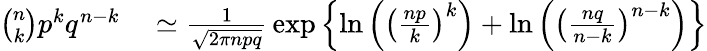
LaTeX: \begin{array}{rl}{{\binom{n}{k}}p^{k}q^{n-k}}&{{}\simeq{\frac{1}{\sqrt{2\pi npq}}}\exp\left\{ \ln\left(\left({\frac{np}{k}}\right)^{k}\right)+\ln\left(\left({\frac{nq}{n-k}}\right)^{n-k}\right)\right\} }\end{array}